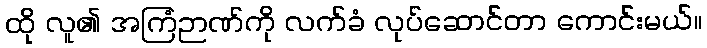
ထို လူ၏ အကြံဉာဏ်ကို လက်ခံ လုပ်ဆောင်တာ ကောင်းမယ်။